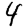
Digit: 4